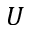
U